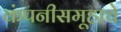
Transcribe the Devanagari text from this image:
कंपनीसमूहाचे